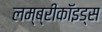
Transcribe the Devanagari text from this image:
लम्ब्रीकॉइड्स